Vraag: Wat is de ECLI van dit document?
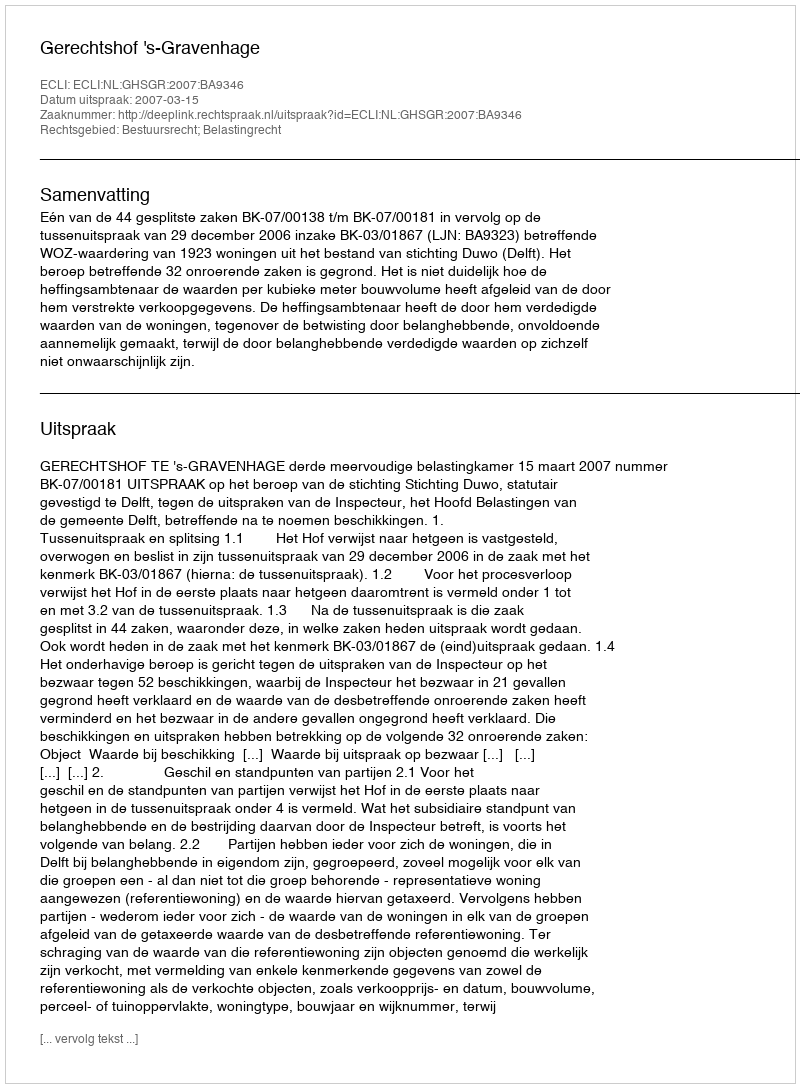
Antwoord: ECLI:NL:GHSGR:2007:BA9346